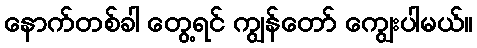
နောက်တစ်ခါ တွေ့ရင် ကျွန်တော် ကျွေးပါမယ်။